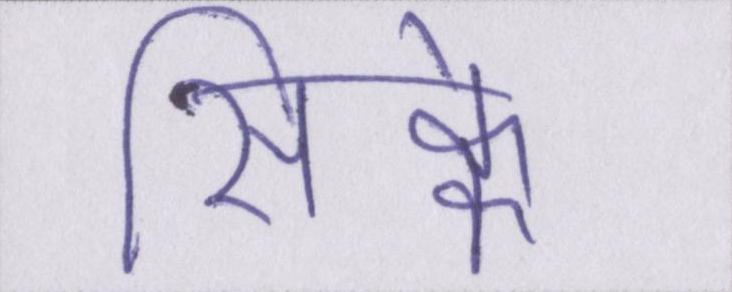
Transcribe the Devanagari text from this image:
सिक्के